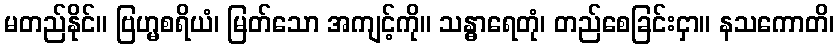
မတည်နိုင်။ ဗြဟ္မစရိယံ၊ မြတ်သော အကျင့်ကို။ သန္ဓာရေတုံ၊ တည်စေခြင်းငှာ။ နသကောတိ၊